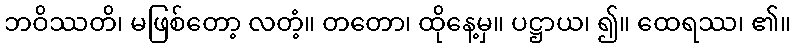
ဘဝိဿတိ၊ မဖြစ်တော့ လတံ့။ တတော၊ ထိုနေ့မှ။ ပဋ္ဌာယ၊ ၍။ ထေရဿ၊ ၏။